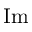
\operatorname { I m }